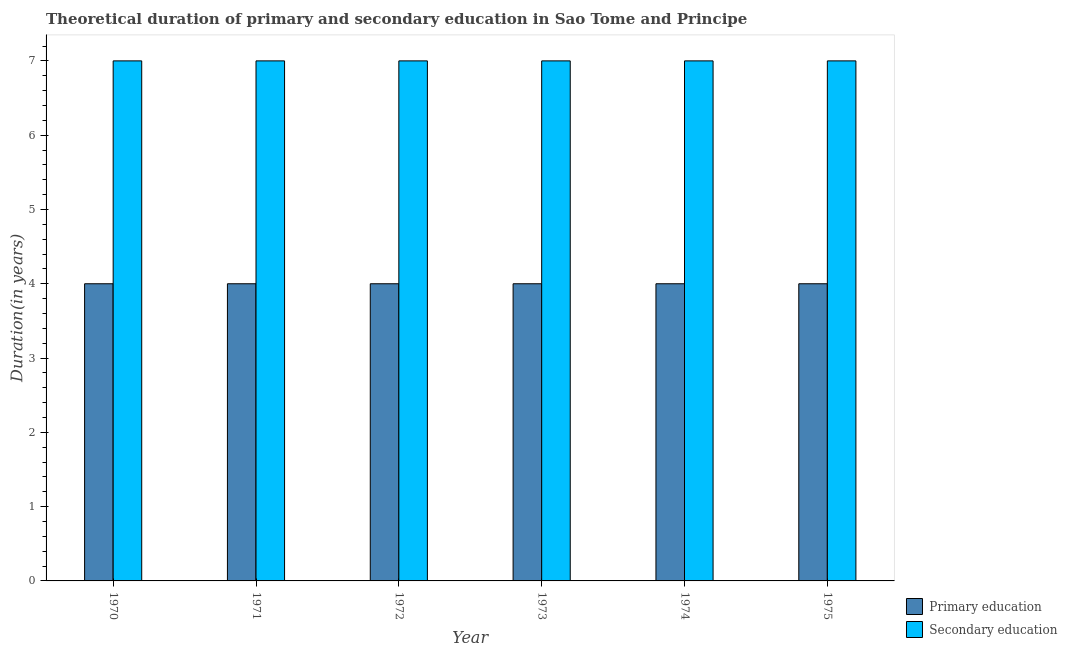
| Year | Primary education | Secondary education |
 | --- | --- | --- |
 | 1970 | 4 | 7 |
 | 1971 | 4 | 7 |
 | 1972 | 4 | 7 |
 | 1973 | 4 | 7 |
 | 1974 | 4 | 7 |
 | 1975 | 4 | 7 |